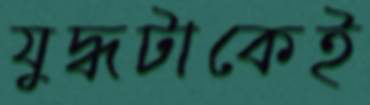
যুদ্ধটাকেই